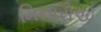
મિનારોએ